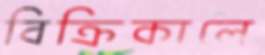
বিক্রিকালে